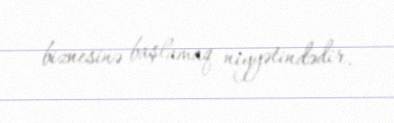
biznesinə başlamaq niyyətindədir.